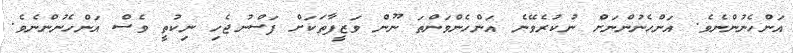
އަންހެނުންނެވެ. އަންހެނުންނަށް ނުކުރެވޭނެ އަންހެންވަންތަ ނޫން ވަޒީފާތަކަށް ފަސްނުޖެހި ނިކުތީ ވެސް އަންހެނުންނެވެ.